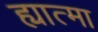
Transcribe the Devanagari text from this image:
ह्यात्मा